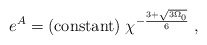
\begin{align*}e^A = {\rm (constant)} \; \chi^{- \frac{3 + \sqrt{3 \Omega_0}}{6}} \; ,\end{align*}